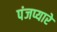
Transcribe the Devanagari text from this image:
पंजप्यारे